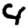
Digit: 4